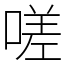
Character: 嗟